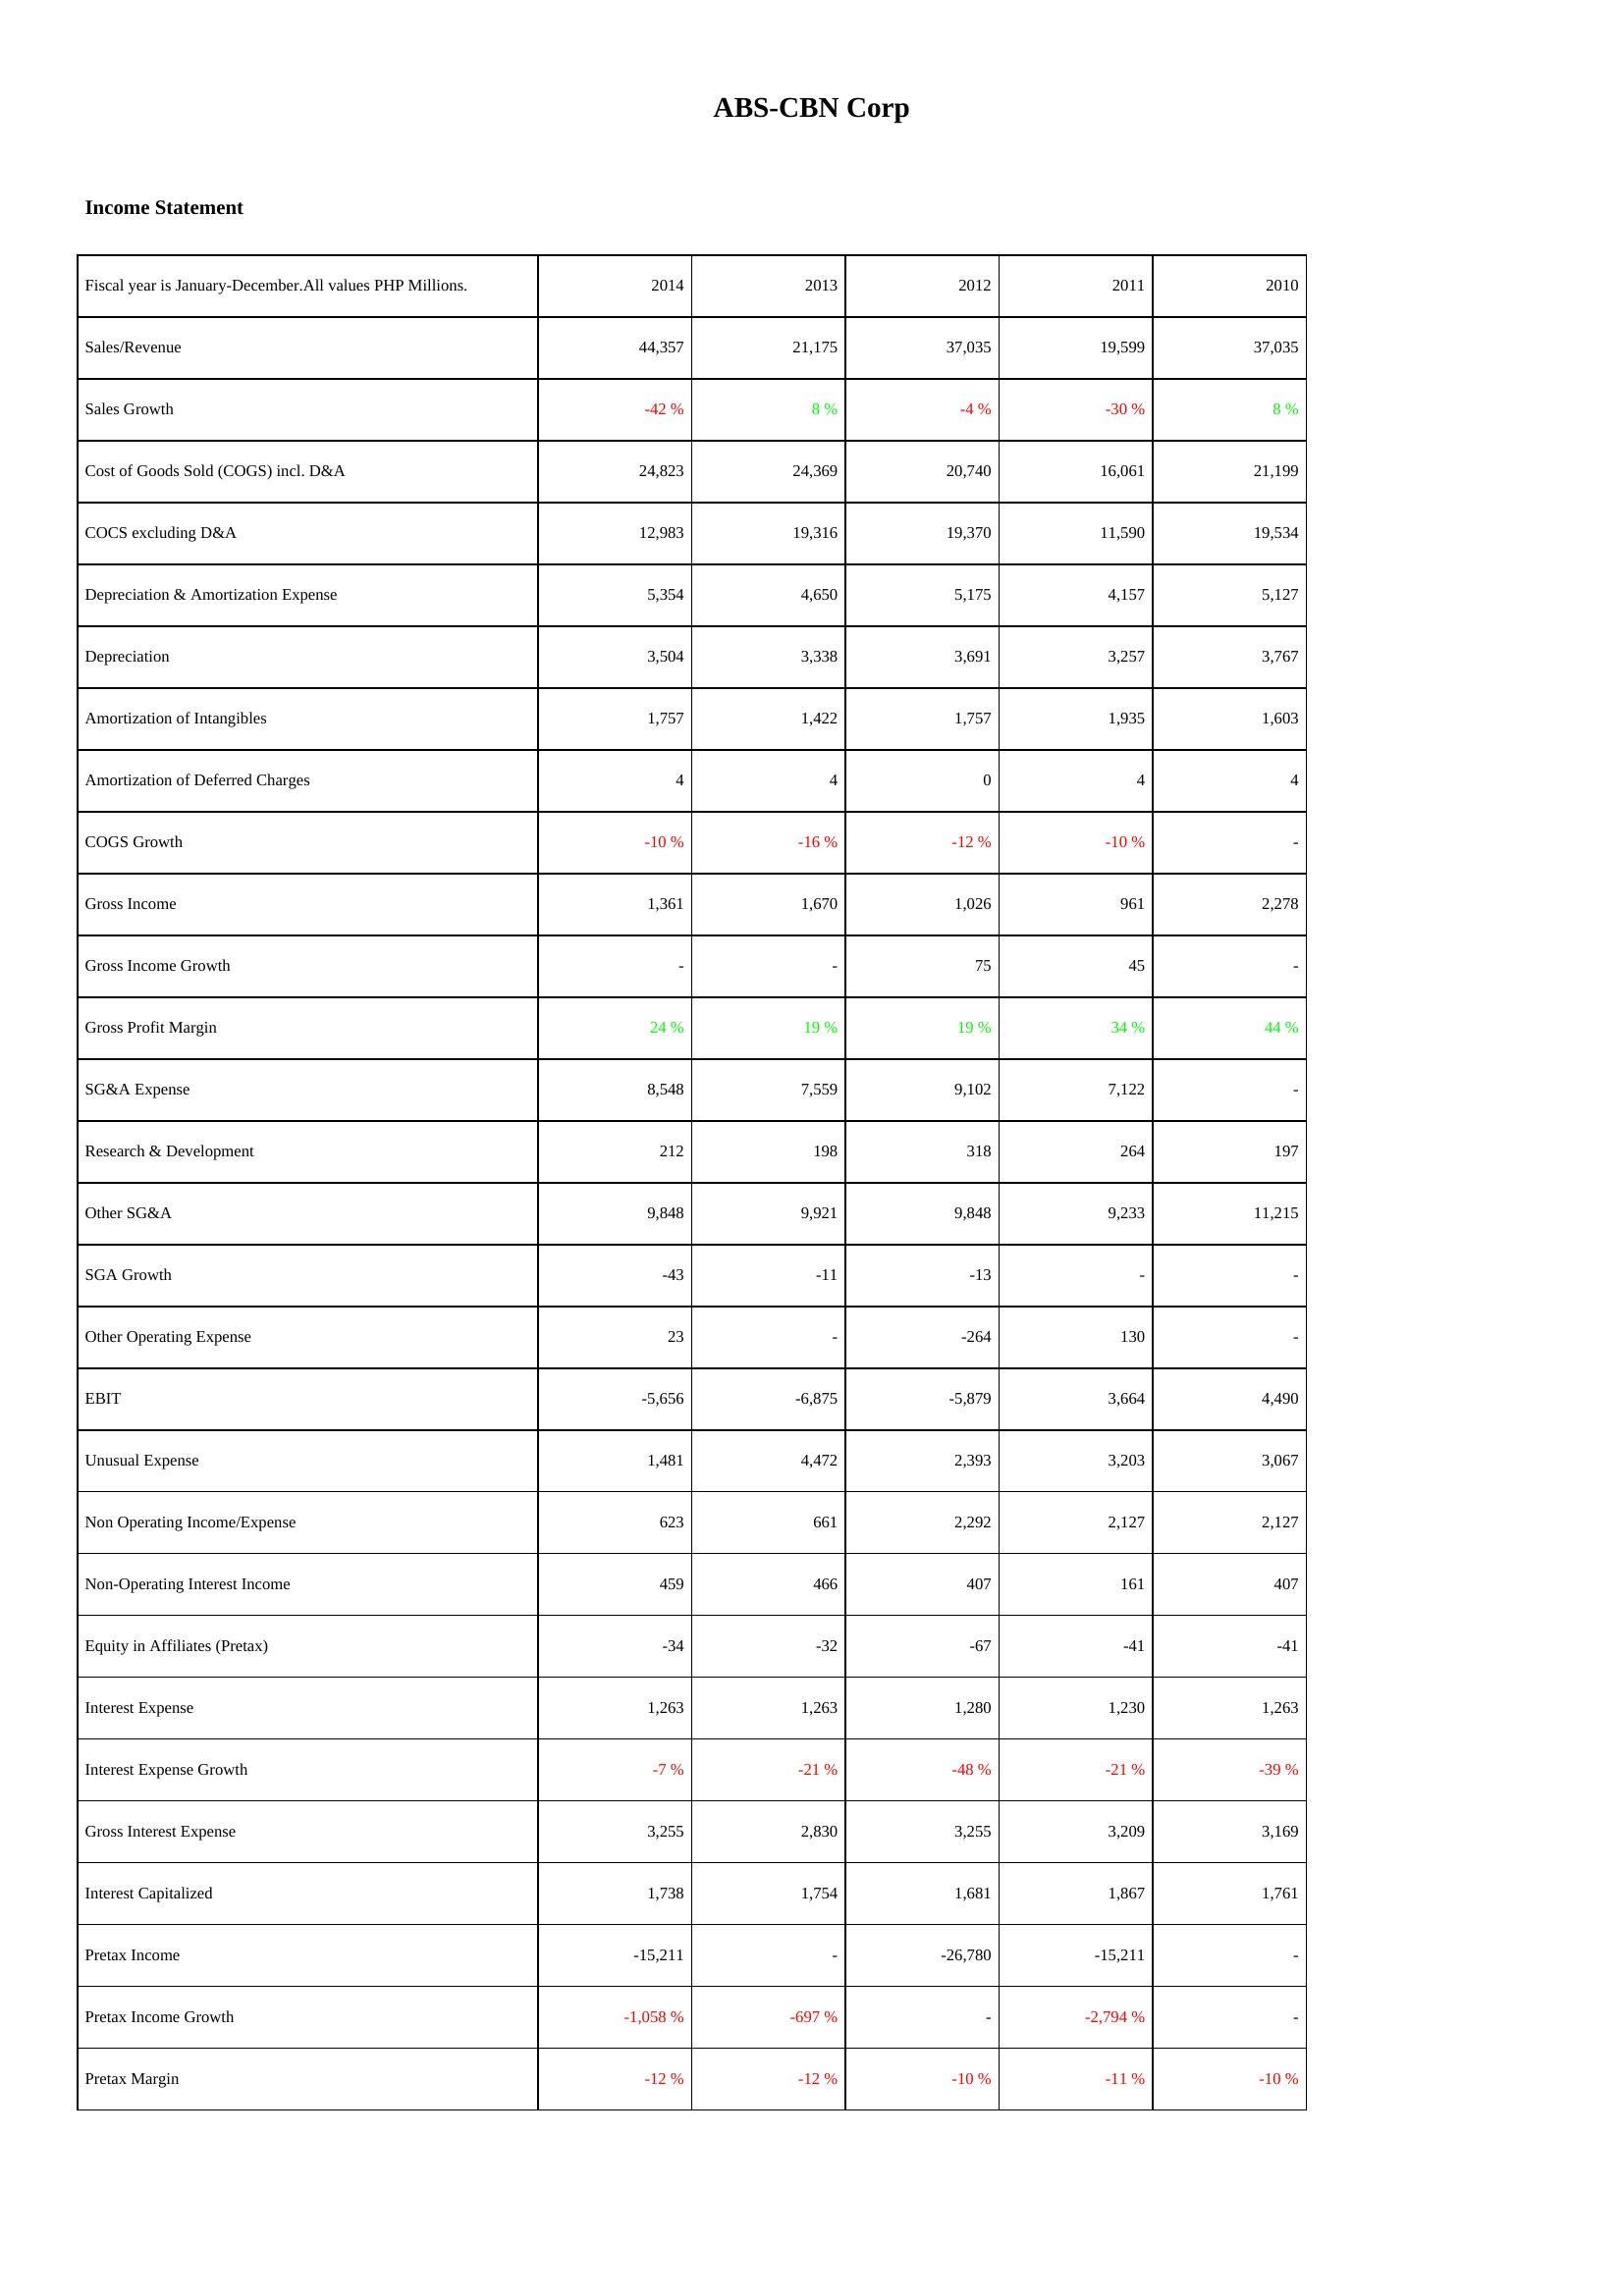
2014: Income Statement: Sales/Revenue: 44,357
Sales Growth: -42 %
Cost of Goods Sold (COGS) incl. D&A: 24,823
COCS excluding D&A: 12,983
Depreciation & Amortization Expense: 5,354
Depreciation: 3,504
Amortization of Intangibles: 1,757
Amortization of Deferred Charges: 4
COGS Growth: -10 %
Gross Income: 1,361
Gross Income Growth: -
Gross Profit Margin: 24 %
SG&A Expense: 8,548
Research & Development: 212
Other SG&A: 9,848
SGA Growth: -43
Other Operating Expense: 23
EBIT: -5,656
Unusual Expense: 1,481
Non Operating Income/Expense: 623
Non-Operating Interest Income: 459
Equity in Affiliates (Pretax): -34
Interest Expense: 1,263
Interest Expense Growth: -7 %
Gross Interest Expense: 3,255
Interest Capitalized: 1,738
Pretax Income: -15,211
Pretax Income Growth: -1,058 %
Pretax Margin: -12 %
2013: Income Statement: Sales/Revenue: 21,175
Sales Growth: 8 %
Cost of Goods Sold (COGS) incl. D&A: 24,369
COCS excluding D&A: 19,316
Depreciation & Amortization Expense: 4,650
Depreciation: 3,338
Amortization of Intangibles: 1,422
Amortization of Deferred Charges: 4
COGS Growth: -16 %
Gross Income: 1,670
Gross Income Growth: -
Gross Profit Margin: 19 %
SG&A Expense: 7,559
Research & Development: 198
Other SG&A: 9,921
SGA Growth: -11
Other Operating Expense: -
EBIT: -6,875
Unusual Expense: 4,472
Non Operating Income/Expense: 661
Non-Operating Interest Income: 466
Equity in Affiliates (Pretax): -32
Interest Expense: 1,263
Interest Expense Growth: -21 %
Gross Interest Expense: 2,830
Interest Capitalized: 1,754
Pretax Income: -
Pretax Income Growth: -697 %
Pretax Margin: -12 %
2012: Income Statement: Sales/Revenue: 37,035
Sales Growth: -4 %
Cost of Goods Sold (COGS) incl. D&A: 20,740
COCS excluding D&A: 19,370
Depreciation & Amortization Expense: 5,175
Depreciation: 3,691
Amortization of Intangibles: 1,757
Amortization of Deferred Charges: 0
COGS Growth: -12 %
Gross Income: 1,026
Gross Income Growth: 75
Gross Profit Margin: 19 %
SG&A Expense: 9,102
Research & Development: 318
Other SG&A: 9,848
SGA Growth: -13
Other Operating Expense: -264
EBIT: -5,879
Unusual Expense: 2,393
Non Operating Income/Expense: 2,292
Non-Operating Interest Income: 407
Equity in Affiliates (Pretax): -67
Interest Expense: 1,280
Interest Expense Growth: -48 %
Gross Interest Expense: 3,255
Interest Capitalized: 1,681
Pretax Income: -26,780
Pretax Income Growth: -
Pretax Margin: -10 %
2011: Income Statement: Sales/Revenue: 19,599
Sales Growth: -30 %
Cost of Goods Sold (COGS) incl. D&A: 16,061
COCS excluding D&A: 11,590
Depreciation & Amortization Expense: 4,157
Depreciation: 3,257
Amortization of Intangibles: 1,935
Amortization of Deferred Charges: 4
COGS Growth: -10 %
Gross Income: 961
Gross Income Growth: 45
Gross Profit Margin: 34 %
SG&A Expense: 7,122
Research & Development: 264
Other SG&A: 9,233
SGA Growth: -
Other Operating Expense: 130
EBIT: 3,664
Unusual Expense: 3,203
Non Operating Income/Expense: 2,127
Non-Operating Interest Income: 161
Equity in Affiliates (Pretax): -41
Interest Expense: 1,230
Interest Expense Growth: -21 %
Gross Interest Expense: 3,209
Interest Capitalized: 1,867
Pretax Income: -15,211
Pretax Income Growth: -2,794 %
Pretax Margin: -11 %
2010: Income Statement: Sales/Revenue: 37,035
Sales Growth: 8 %
Cost of Goods Sold (COGS) incl. D&A: 21,199
COCS excluding D&A: 19,534
Depreciation & Amortization Expense: 5,127
Depreciation: 3,767
Amortization of Intangibles: 1,603
Amortization of Deferred Charges: 4
COGS Growth: -
Gross Income: 2,278
Gross Income Growth: -
Gross Profit Margin: 44 %
SG&A Expense: -
Research & Development: 197
Other SG&A: 11,215
SGA Growth: -
Other Operating Expense: -
EBIT: 4,490
Unusual Expense: 3,067
Non Operating Income/Expense: 2,127
Non-Operating Interest Income: 407
Equity in Affiliates (Pretax): -41
Interest Expense: 1,263
Interest Expense Growth: -39 %
Gross Interest Expense: 3,169
Interest Capitalized: 1,761
Pretax Income: -
Pretax Income Growth: -
Pretax Margin: -10 %